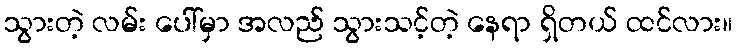
သွားတဲ့ လမ်း ပေါ်မှာ အလည် သွားသင့်တဲ့ နေရာ ရှိတယ် ထင်လား။